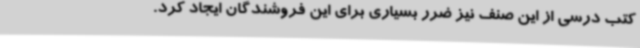
کتب درسی از این صنف نیز ضرر بسیاری برای این فروشندگان ایجاد کرد.